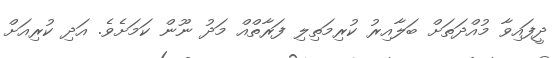
ދީފައިވާ މުއްދަތަށް ބަލާއިރު ކުރިމަތިލި ފަރާތްއް މަދު ނޫން ކަމަށެވެ. އަދި ކުރިއަށް